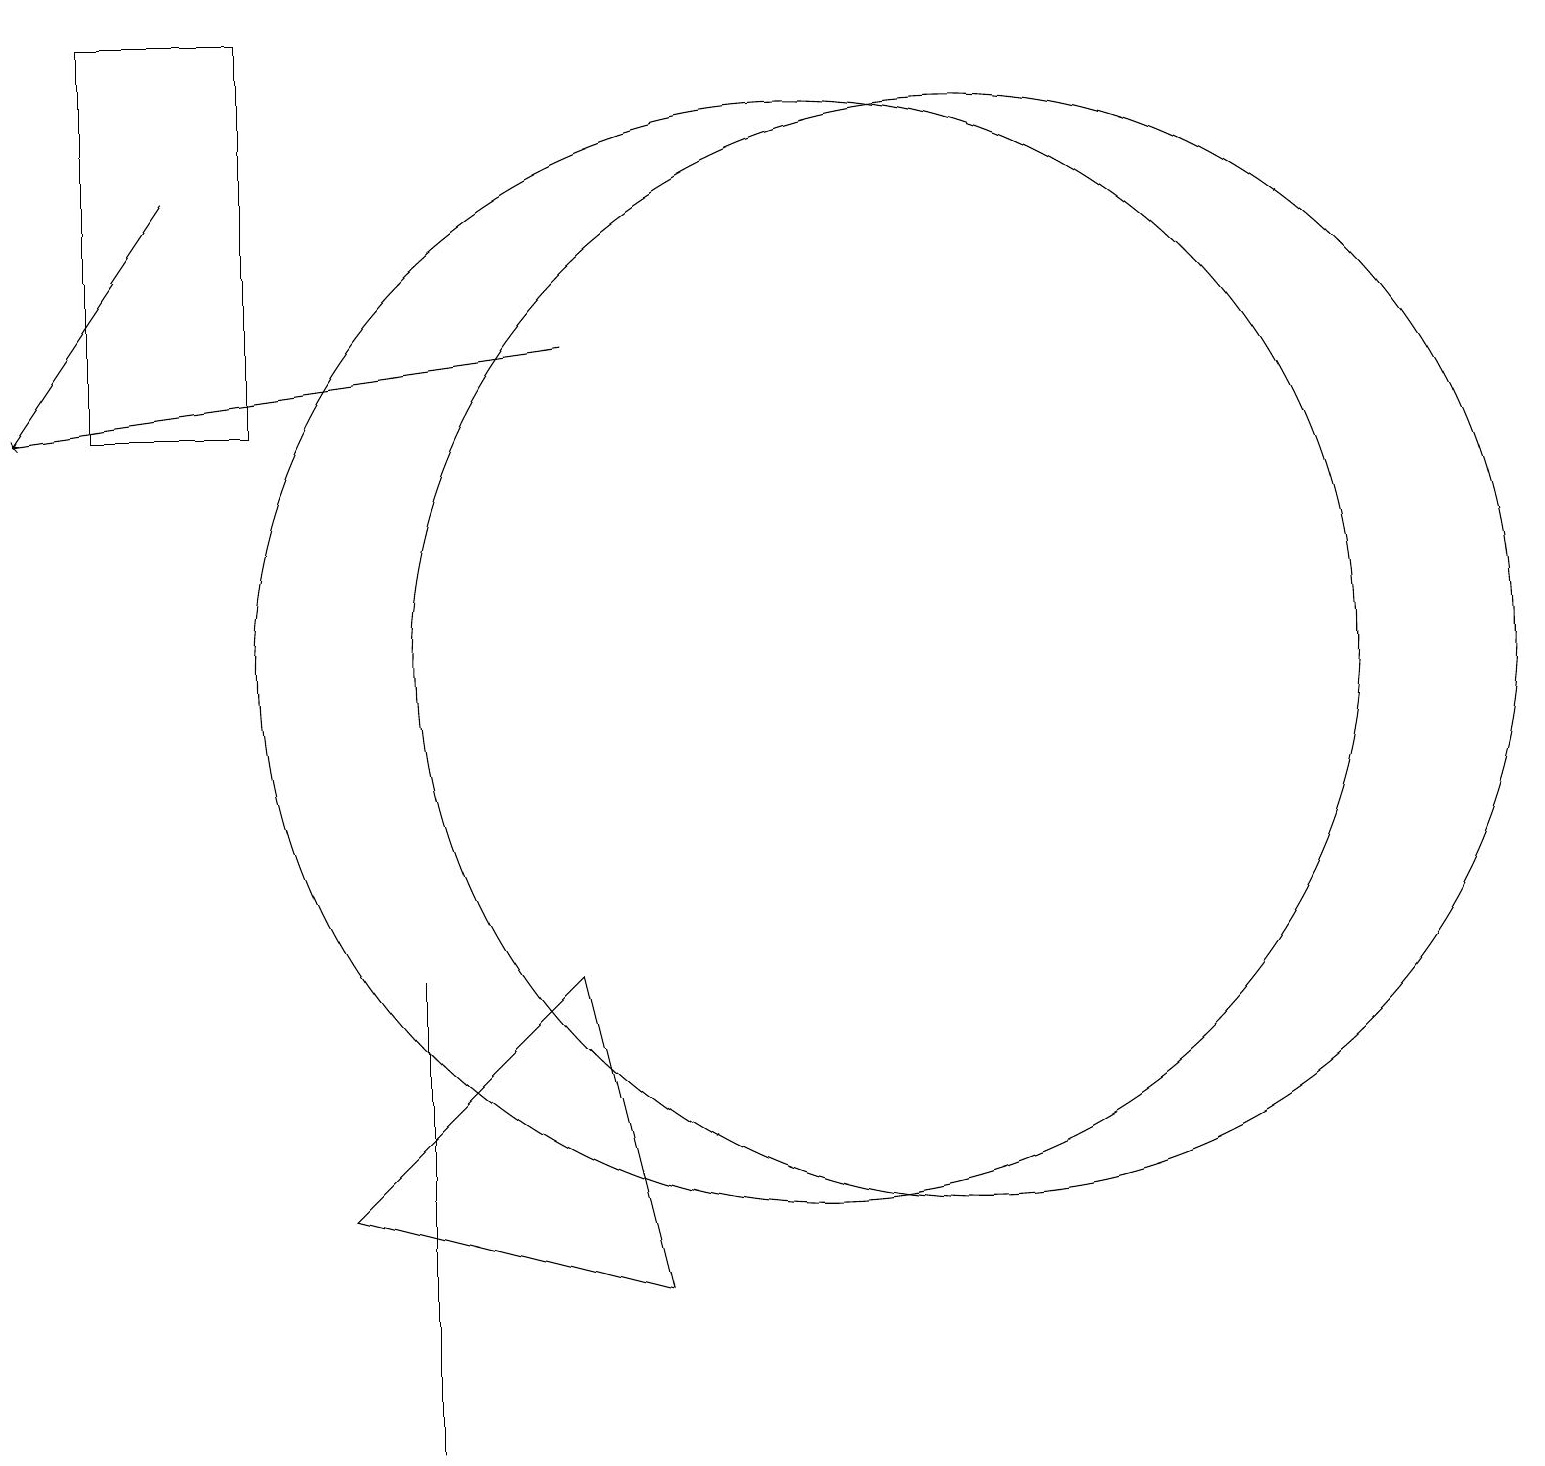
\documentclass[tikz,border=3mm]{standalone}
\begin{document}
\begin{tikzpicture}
\draw[->] (7,15) -- (0,14);
\draw (3,19) rectangle (1,14);
\draw (10,11) circle (7);
\draw (5,1) -- (5,7) -- (5,7) -- cycle;
\draw[->] (2,17) -- (0,14);
\draw (4,4) -- (7,7) -- (8,3) -- cycle;
\draw (12,11) circle (7);
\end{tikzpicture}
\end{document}